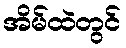
အိမ်ထဲတွင်